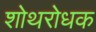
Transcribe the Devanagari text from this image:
शोथरोधक